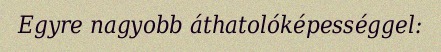
Egyre nagyobb áthatolóképességgel: